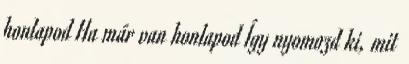
honlapod Ha már van honlapod Így nyomozd ki, mit